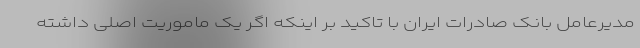
مدیرعامل بانک صادرات ایران با تاکید بر اینکه اگر یک ماموریت اصلی داشته